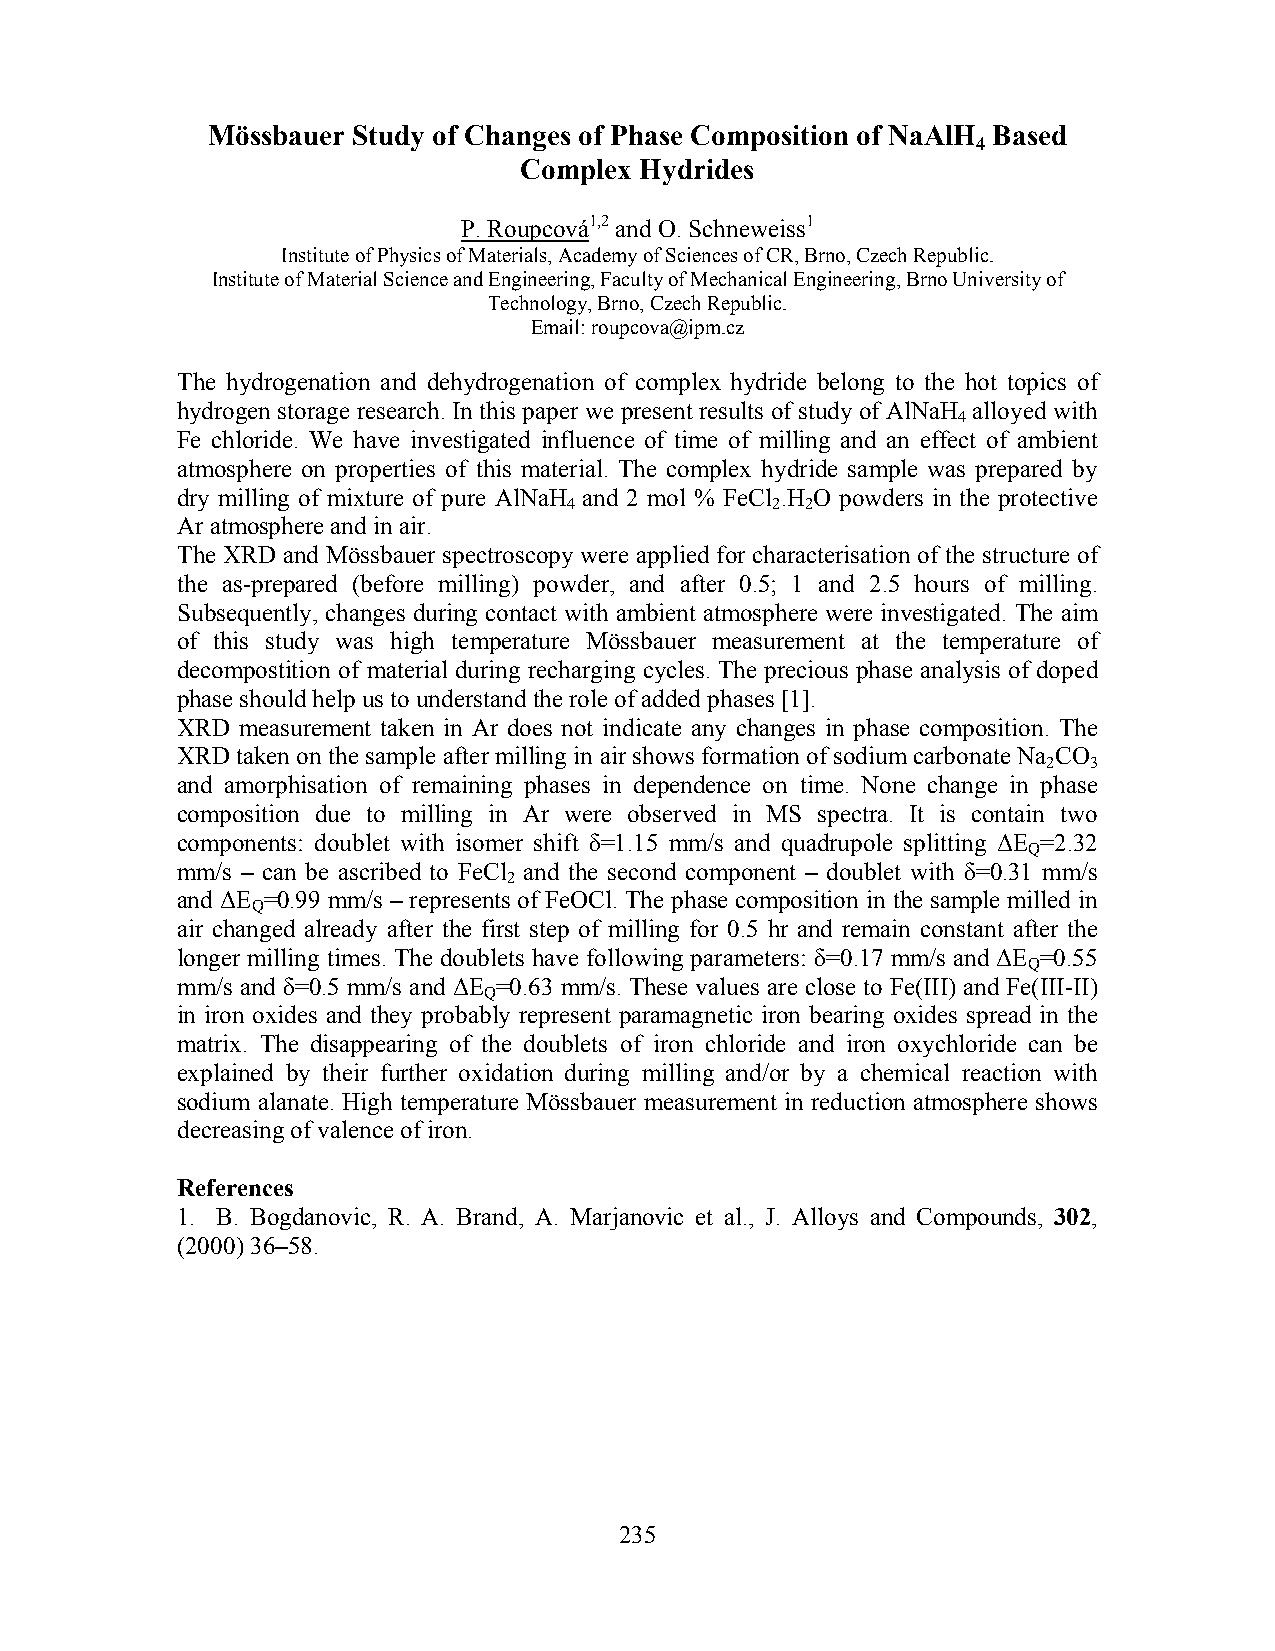
Mössbauer Study of Changes of Phase Composition of NaAlH Based
 4
 Complex Hydrides
 P. Roupcová1,2 and O. Schneweiss1
 Institute of Physics of Materials, Academy of Sciences of CR, Brno, Czech Republic.
 Institute of Material Science and Engineering, Faculty of Mechanical Engineering, Brno University of
 Technology, Brno, Czech Republic.
 Email: roupcova@ipm.cz
 The hydrogenation and dehydrogenation of complex hydride belong to the hot topics of
 hydrogen storage research. In this paper we present results of study of AlNaH alloyed with
 4
 Fe chloride. We have investigated influence of time of milling and an effect of ambient
 atmosphere on properties of this material. The complex hydride sample was prepared by
 dry milling of mixture of pure AlNaH and 2 mol % FeCl .H O powders in the protective
 4            2 2
 Ar atmosphere and in air.
 The XRD and Mössbauer spectroscopy were applied for characterisation of the structure of
 the as-prepared (before milling) powder, and after 0.5; 1 and 2.5 hours of milling.
 Subsequently, changes during contact with ambient atmosphere were investigated. The aim
 of this study was high temperature Mössbauer measurement at the temperature of
 decompostition of material during recharging cycles. The precious phase analysis of doped
 phase should help us to understand the role of added phases [1].
 XRD measurement taken in Ar does not indicate any changes in phase composition. The
 XRD taken on the sample after milling in air shows formation of sodium carbonate Na CO
 2  3
 and amorphisation of remaining phases in dependence on time. None change in phase
 composition due to milling in Ar were observed in MS spectra. It is contain two
 components: doublet with isomer shift δ=1.15 mm/s and quadrupole splitting ΔE =2.32
 Q
 mm/s – can be ascribed to FeCl and the second component – doublet with δ=0.31 mm/s
 2
 and ΔE =0.99 mm/s – represents of FeOCl. The phase composition in the sample milled in
 Q
 air changed already after the first step of milling for 0.5 hr and remain constant after the
 longer milling times. The doublets have following parameters: δ=0.17 mm/s and ΔE =0.55
 Q
 mm/s and δ=0.5 mm/s and ΔE =0.63 mm/s. These values are close to Fe(III) and Fe(III-II)
 Q
 in iron oxides and they probably represent paramagnetic iron bearing oxides spread in the
 matrix. The disappearing of the doublets of iron chloride and iron oxychloride can be
 explained by their further oxidation during milling and/or by a chemical reaction with
 sodium alanate. High temperature Mössbauer measurement in reduction atmosphere shows
 decreasing of valence of iron.
 References
 1. B. Bogdanovic, R. A. Brand, A. Marjanovic et al., J. Alloys and Compounds, 302,
 (2000) 36–58.
 235